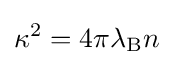
\kappa ^{2}=4\pi \lambda _{\text{B}}n